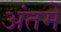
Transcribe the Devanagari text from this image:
अंतमें